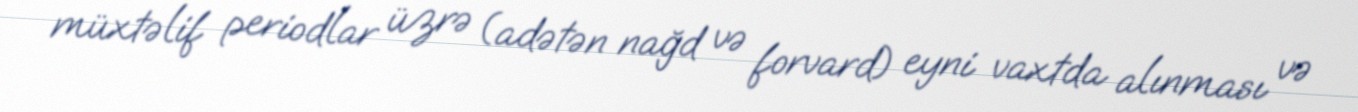
müxtəlif periodlar üzrə (adətən nağd və forvard) eyni vaxtda alınması və